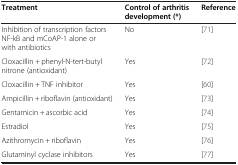
<table><thead><tr><td><b>Treatment</b></td><td><b>Control of arthritis development (*)</b></td><td><b>Reference</b></td></tr></thead><tbody><tr><td>Inhibition of transcription factors NF-kB and mCoAP-1 alone or with antibiotics</td><td>No</td><td>[71]</td></tr><tr><td>Cloxacillin + phenyl-N-tert-butyl nitrone (antioxidant)</td><td>Yes</td><td>[72]</td></tr><tr><td>Cloxacillin + TNF inhibitor</td><td>Yes</td><td>[60]</td></tr><tr><td>Ampicillin + riboflavin (antioxidant)</td><td>Yes</td><td>[73]</td></tr><tr><td>Gentamicin + ascorbic acid</td><td>Yes</td><td>[74]</td></tr><tr><td>Estradiol</td><td>Yes</td><td>[75]</td></tr><tr><td>Azithromycin + riboflavin</td><td>Yes</td><td>[76]</td></tr><tr><td>Glutaminyl cyclase inhibitors</td><td>Yes</td><td>[77]</td></tr></tbody></table>